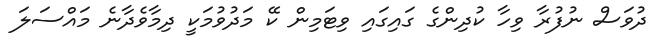
ދުވަސް ނުފުރާ ވިހާ ކުދިންގެ ގައިގައި ވިޓަމިން ކޭ މަދުވުމަކީ ދިމާވެދާނެ މައްސަލަ